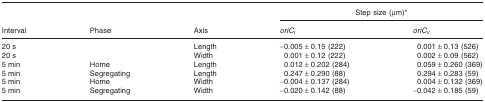
<table><thead><tr><td></td><td></td><td></td><td colspan="2"><b>Step size (μm)*</b></td></tr><tr><td><b>Interval</b></td><td><b>Phase</b></td><td><b>Axis</b></td><td><b><i>oriC</i><sub><i>I</i></sub></b></td><td><b><i>oriC</i><sub><i>II</i></sub></b></td></tr></thead><tbody><tr><td>20 s</td><td></td><td>Length</td><td>−0.005 ± 0.15 (222)</td><td> 0.001 ± 0.13 (526)</td></tr><tr><td>20 s</td><td></td><td>Width</td><td> 0.001 ± 0.12 (222)</td><td> 0.002 ± 0.09 (562)</td></tr><tr><td>5 min</td><td>Home</td><td>Length</td><td> 0.012 ± 0.202 (284)</td><td> 0.059 ± 0.260 (369)</td></tr><tr><td>5 min</td><td>Segregating</td><td>Length</td><td> 0.247 ± 0.290 (88)</td><td> 0.294 ± 0.283 (59)</td></tr><tr><td>5 min</td><td>Home</td><td>Width</td><td>−0.004 ± 0.137 (284)</td><td> 0.004 ± 0.132 (369)</td></tr><tr><td>5 min</td><td>Segregating</td><td>Width</td><td>−0.020 ± 0.142 (88)</td><td>−0.042 ± 0.185 (59)</td></tr></tbody></table>